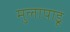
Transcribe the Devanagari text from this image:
मुलापाडू